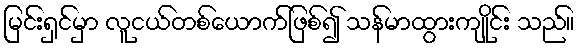
မြင်းရှင်မှာ လူငယ်တစ်ယောက်ဖြစ်၍ သန်မာထွားကျိုင်း သည်။